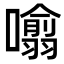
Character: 𭌁